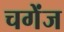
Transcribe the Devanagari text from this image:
चगेंज